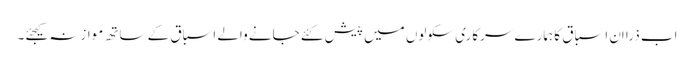
اب ذرا اِن اسباق کا ہمارے سرکاری سکولوں میں پیش کئے جانے والے اسباق کے ساتھ موازنہ کیجئے۔